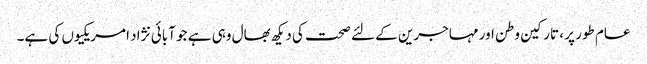
عام طور پر ، تارکین وطن اور مہاجرین کے لئے صحت کی دیکھ بھال وہی ہے جو آبائی نژاد امریکیوں کی ہے۔